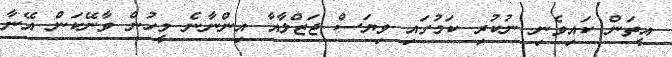
އީތަން ކައިވެނި ނުކުރި ކަމުގައި ވިޔަސް ޖަޒްލާއާ އިންނާނެ މީހުން ވާނޭކަން އޭނާ